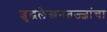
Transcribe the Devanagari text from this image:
शुद्धलेखनतज्‍ज्ञांचा